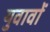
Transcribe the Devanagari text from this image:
युवावों